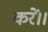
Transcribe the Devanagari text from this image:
करें।।